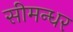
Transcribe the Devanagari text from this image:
सीमन्धर